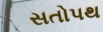
સતોપથ